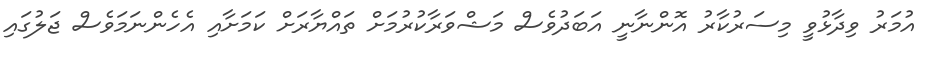
އުމަރު ވިދާޅުވީ މިސަރުކާރު އޮންނާނީ އަބަދުވެސް މަޝްވަރާކުރުމަށް ތައްޔާރަށް ކަމަށާއި އެހެންނަމަވެސް ޖަލުގައި